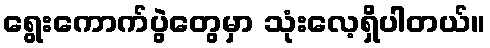
ရွေးကောက်ပွဲတွေမှာ သုံးလေ့ရှိပါတယ်။